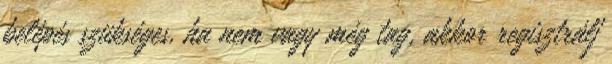
belépés szükséges, ha nem vagy még tag, akkor regisztrálj